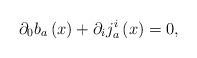
LaTeX: \begin{align*}\partial _{0}b_{a}\left( x\right) +\partial _{i}j_{a}^{i}\left( x\right) =0,\end{align*}